system: You are a helpful assistant.
user:
Analyze the provided spectrum to determine if it is a **"Cataclysmic Variables (CV)"**.

- **Key Indicators for CV (Check for either state):**
    - **State 1: Quiescent / Low-State (Emission-Dominated)**
        - **(Primary):** Strong and *very broad* Hydrogen Balmer emission lines (e.g., $H\alpha$ at 6563 Å, $H\beta$ at 4861 Å). The 'broadness' (high velocity dispersion, often FWHM > 1000 km/s) is the key diagnostic, indicating a high-velocity accretion disk.
        - **(Secondary):** Broad neutral Helium (He I) emission lines (e.g., 5876 Å, 6678 Å).
        - **(Key Confirmation):** Presence of high-excitation *ionized* Helium (He II) emission at 4686 Å. This is a strong indicator of accretion onto a white dwarf.
        - **(Line Profile):** Emission lines may exhibit a 'double-peaked' profile, which is a classic signature of a rotating accretion disk viewed at high inclination.

    - **State 2: Outburst / High-State (Absorption-Dominated)**
        - **(Primary):** Spectrum is dominated by a bright, blue continuum (looks like a hot star).
        - **(Secondary):** The emission lines from State 1 are weak, absent, or 'filled in', and are replaced by broad, shallow *absorption* lines (primarily Balmer and He I).
        - **(Morphology):** The overall spectrum mimics a hot B/A-type star. The crucial difference is that the absorption lines are significantly broader, shallower, and more 'washed-out' (or 'smeared') than the sharp lines of a normal stellar photosphere, due to high rotational speeds and pressure broadening in the disk.

Think first, call **spectral_visualization_tool** if needed to examine features in detail, then provide your final answer. Your response must adhere to the following strict rules:
1.  **Overall Structure:** Your response must follow the format `<think>...</think> <tool_call>...</tool_call> (if a tool is used) <answer>...</answer>`.
2.  **Tool Usage Constraint:** You may only make **one** tool call per turn.
3.  **Final Answer Format:** In the `<answer>` tag, your conclusion must be inside a `\boxed{}` command (e.g., `\boxed{YES}`), followed by your justification.

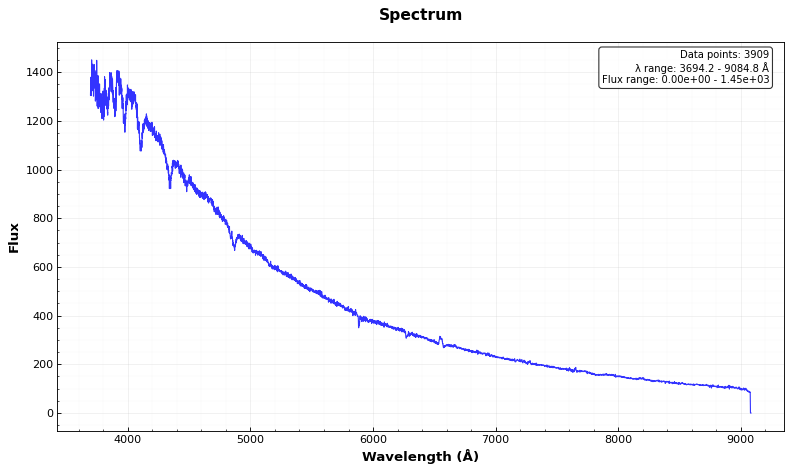
Answer: YES